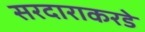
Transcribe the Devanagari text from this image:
सरदाराकरडे